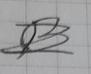
Signature authenticity: forged